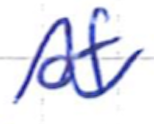
Text: of
Cross-out: wave
Writing tool: ballpoint